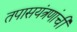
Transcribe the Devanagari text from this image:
तपासयंत्रणांची